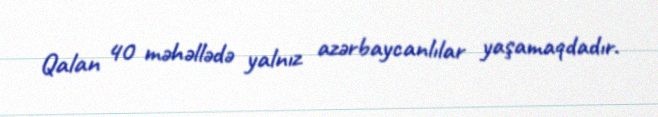
Qalan 40 məhəllədə yalnız azərbaycanlılar yaşamaqdadır.